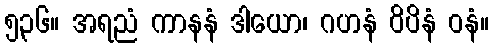
၅၃၆။ အရညံ ကာနနံ ဒါယော၊ ဂဟနံ ဝိပိနံ ဝနံ။